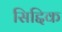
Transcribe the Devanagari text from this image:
सिद्दिक